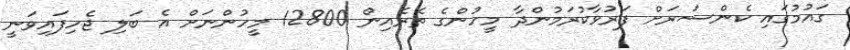
ގައުމުގައި ކެންސަރަށް ފަރުވާކުރަމުންދާ މީހުންގެ ތެރެއިން 12800 މީހުންނަށް އެ ބަލި ޖެހިފައިވަނީ